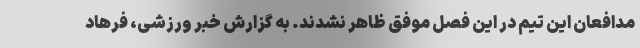
مدافعان این تیم در این فصل موفق ظاهر نشدند. به گزارش خبر ورزشی، فرهاد